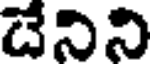
దేనిని